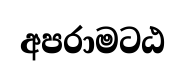
අපරාමටඨ